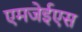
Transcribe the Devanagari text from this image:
एमजेईएस